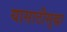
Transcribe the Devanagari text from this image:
यासाठीसुद्धा